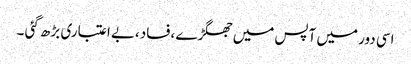
اسی دور میں آپس میں جھگڑے ،فساد،بے اعتباری بڑھ گئی ۔